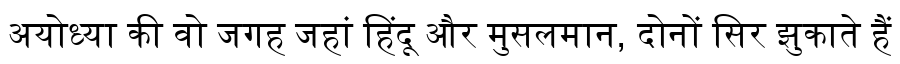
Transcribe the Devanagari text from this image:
अयोध्या की वो जगह जहां हिंदू और मुसलमान, दोनों सिर झुकाते हैं